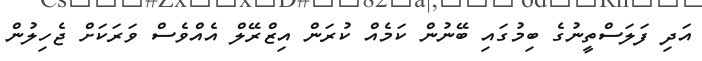
އަދި ފަލަސްތީނުގެ ބިމުގައި ބޭނުން ކަމެއް ކުރަން އިޒްރޭލް އެއްވެސް ވަރަކަށް ޖެހިލުން